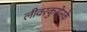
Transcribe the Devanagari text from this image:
लीवरकुसेनके